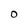
Character: O